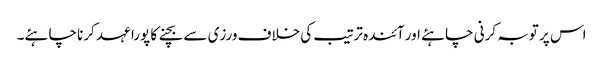
اس پر توبہ کرنی چاہئے اور آئندہ ترتیب کی خلاف ورزی سے بچنے کا پورا عہد کرنا چاہئے۔